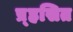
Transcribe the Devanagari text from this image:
प्र्ह्रसित